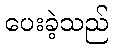
ပေးခဲ့သည်